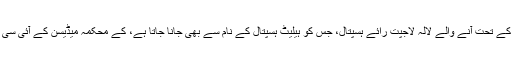
گنیش شنکر ودیارتھی میڈیکل (جی ایس وی ایم) کالج کے تحت آنے والے لالہ لاجپت رائے ہسپتال، جس کو ہیلیٹ ہسپتال کے نام سے بھی جانا جاتا ہے، کے محکمہ میڈیسن کے آئی سی یو کا اے سی پلانٹ پچھلے پانچ دنوں سے خراب تھا۔